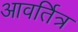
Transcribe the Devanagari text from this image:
आवर्तित्र